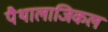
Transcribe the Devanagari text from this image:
पैथालाजिकल